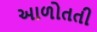
આળોતતી